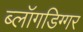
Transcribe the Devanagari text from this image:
ब्लॉगडिग्गर